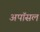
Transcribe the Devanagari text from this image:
अपॉसल